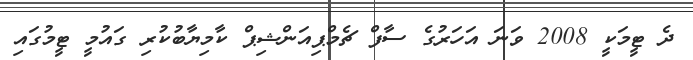
ދެ ޓީމަކީ 2008 ވަނަ އަހަރުގެ ސާފް ޗެމްޕިއަންޝިޕް ކާމިޔާބުކުރި ގައުމީ ޓީމުގައި